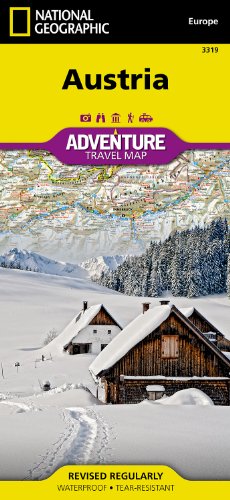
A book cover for Austria (National Geographic Adventure Map); National Geographic Maps - Adventure; Travel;